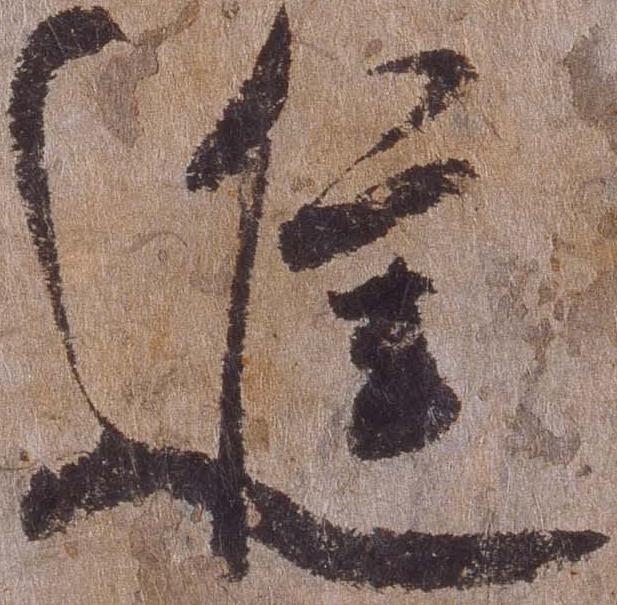
進